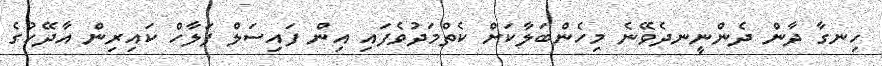
ހިނގާ ދާން ދެންނީނދެވޭނެ މިހެންބަލާކަށް ކެތްމަދުވެފައި އިން ފައިސަލް ފަލާހް ކައިރިން އާދޭހުގެ